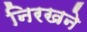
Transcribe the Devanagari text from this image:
निरखने